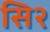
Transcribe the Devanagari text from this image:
सि२